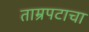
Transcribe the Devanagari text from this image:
ताम्रपटाचा